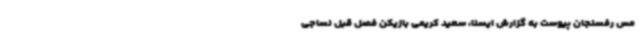
مس رفسنجان پیوست به گزارش ایسنا، سعید کریمی بازیکن فصل قبل نساجی